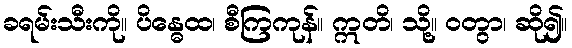
ခရမ်းသီးကို။ ပိန္ဓေထ၊ စီကြကုန်။ ဣတိ၊ သို့။ ဝတွာ၊ ဆို၍။